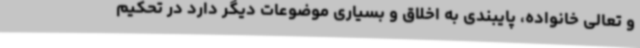
و تعالی خانواده، پایبندی به اخلاق و بسیاری موضوعات دیگر دارد در تحکیم